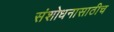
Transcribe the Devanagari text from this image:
संशोधनासाठीच